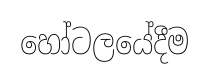
හෝටලයේදීම